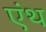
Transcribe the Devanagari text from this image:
एंथ